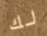
لك